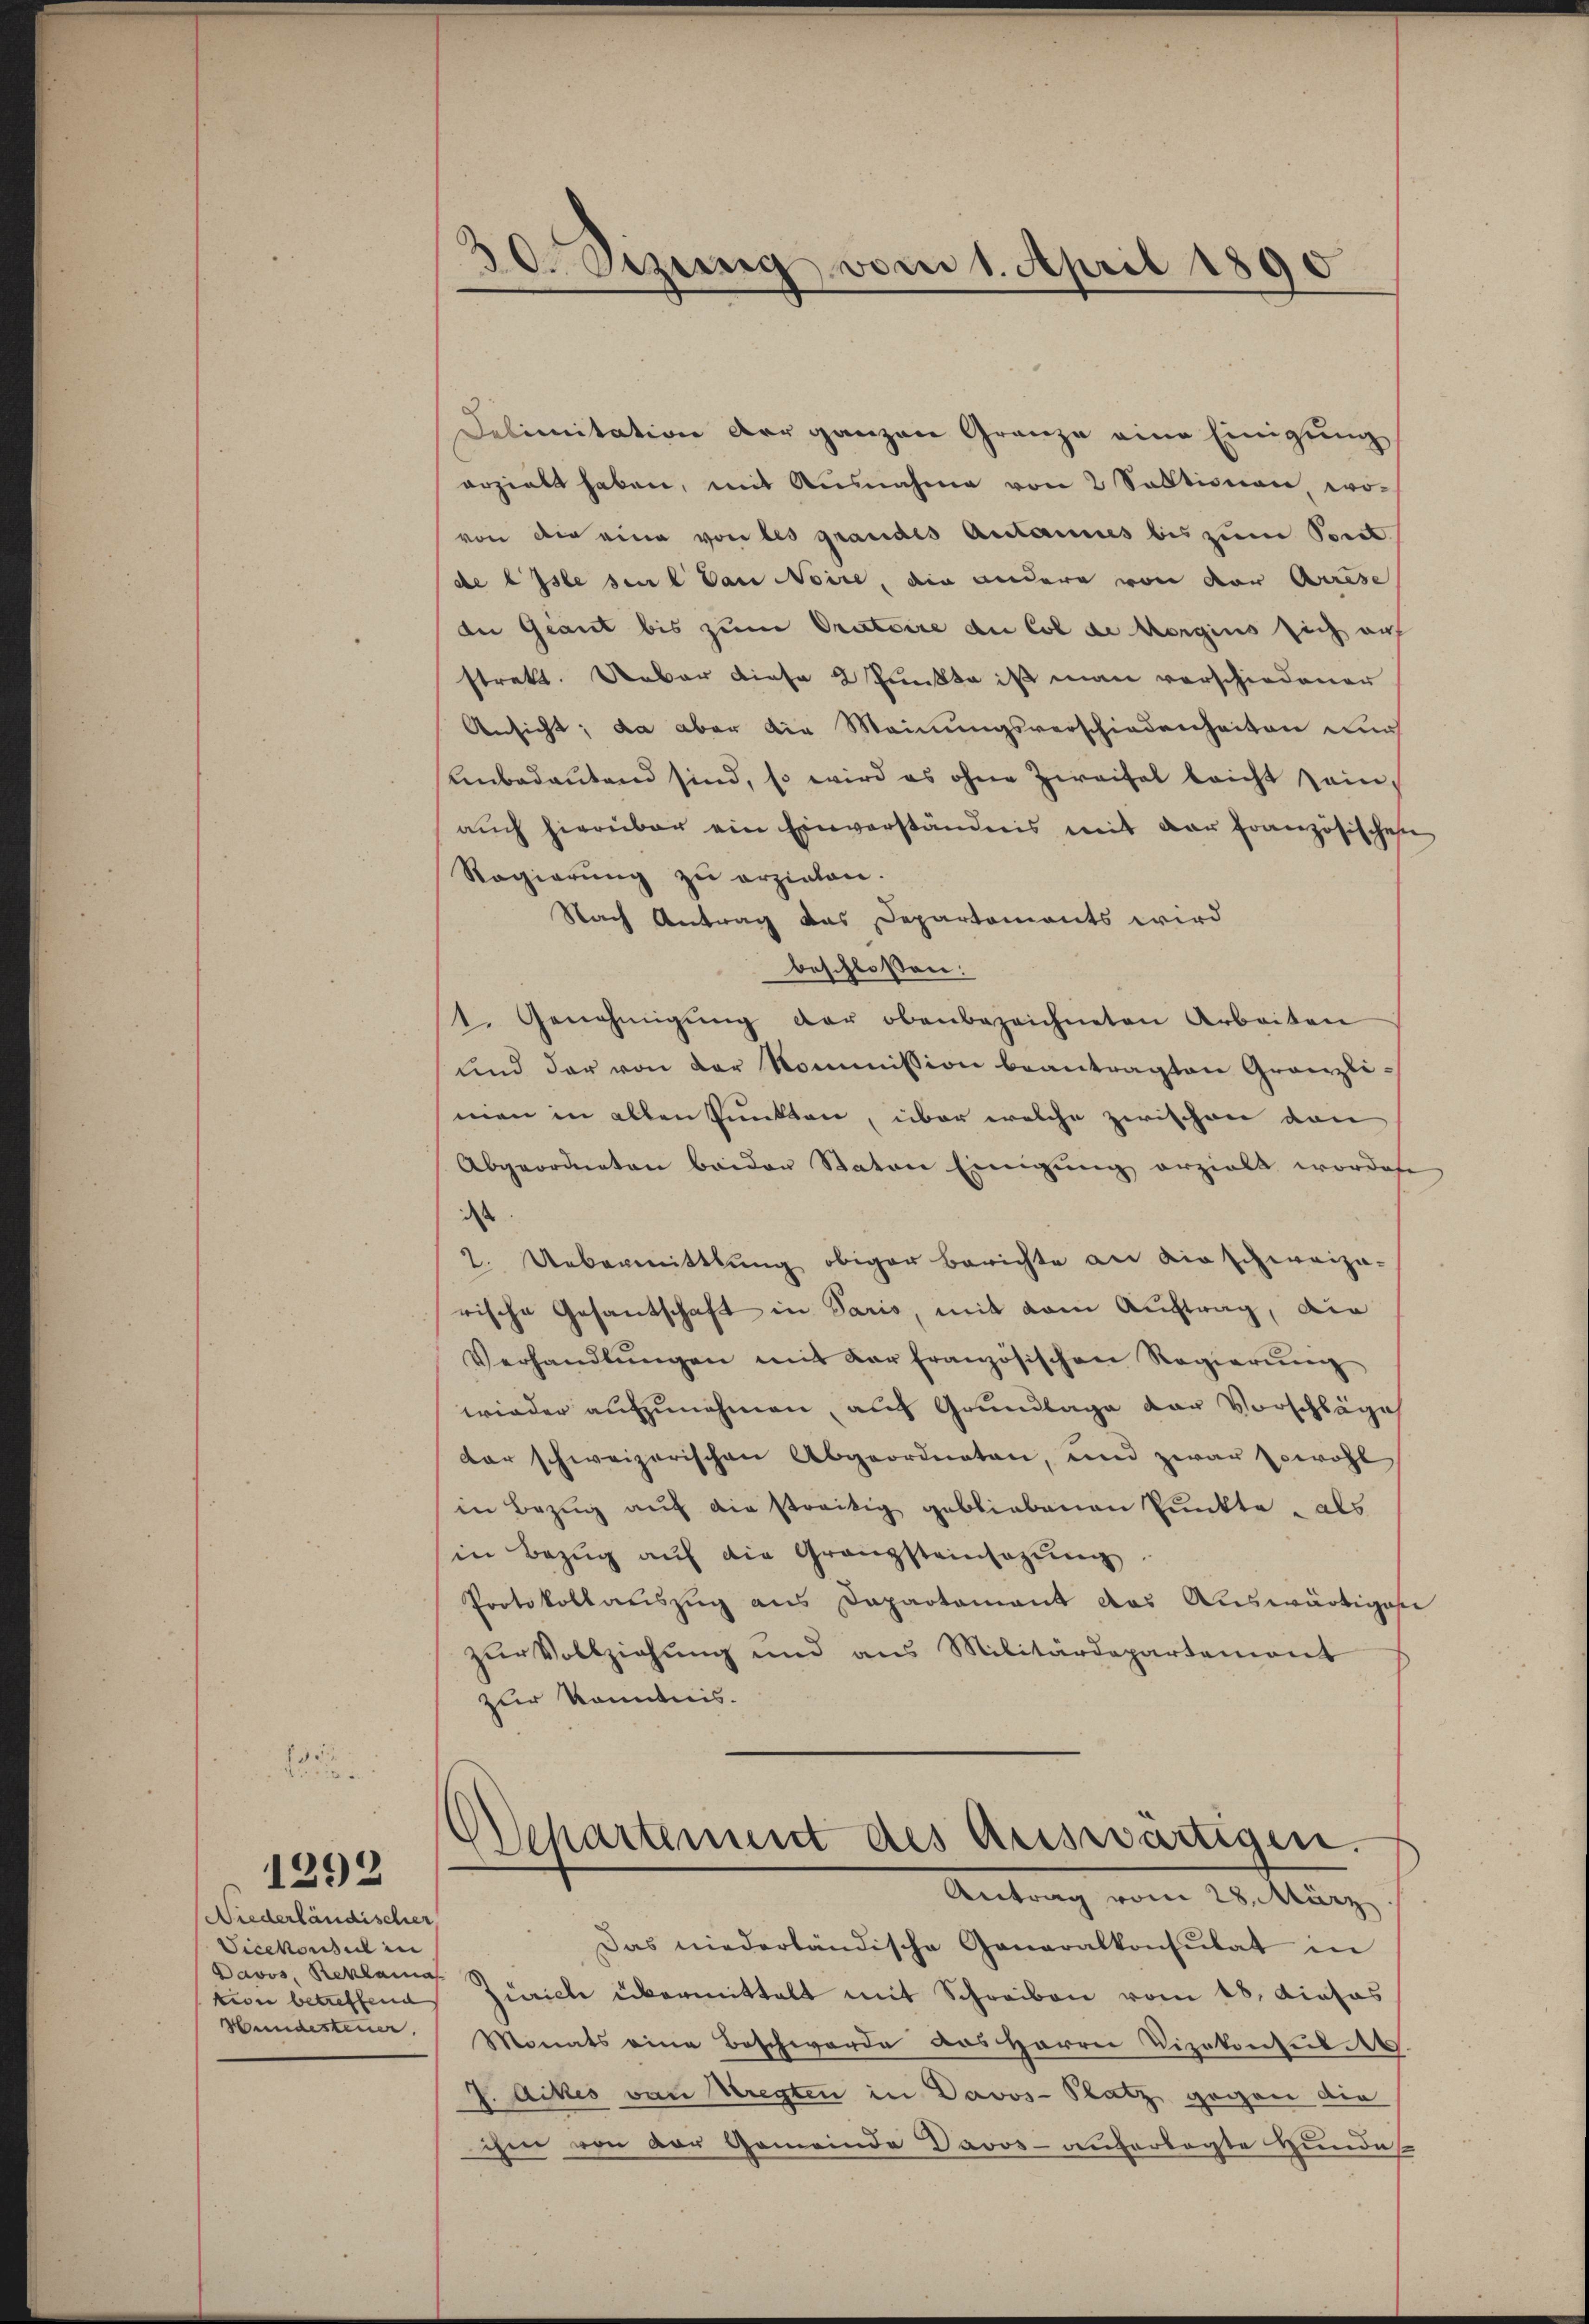
5.

Niederländischer,
Vicekonsul in
Davos, Reklama
Hundesteuer.

1292

30. Szung vom 1. April 1890

Delimitation der ganzen Granze eine Einigung
erzielt haben, mit Ausnahme von 2 Saktionen, wovon die eine von les grandes Antannes bis zum Pont.
de erste seul von Noire, die andere von der Auese
die Giant bis zum Oratoire du Col de Morgins sich auf
strakt. Ueber diese 2 Punkte ist man verschiedener
Ansicht; da aber die Meinungsverschiedenheiten auch
Unbedeutend sind, so wird es ohne Zweifel leicht sein,
auch hierüber ein Einverständnis mit der Französischehen
Regierung zu erziehen.
Nach Antrag das Departements wird
beschlossen:
1. Genehmigŭng der obenbezeichneten Arbeiten
und der von der Kommission beantragten Gränzlimen in allen Punkten, über welche zwischen von
Abgeordneten beiden Staten Einigung erzielt worden
dass
2. Uebermittlung obiger Berichte an die schweiza-
rische Gesantschaft in Paris, mit vom Auftrag, die
Verhandlŭngen mit der französischen Regierŭng
wieder aufzunehmen, auch Grundlage der Vorschläge
dar schweizerischen Abgeordneten, und zwar sowohl
in Bezug auf die streitig gebliebenen Punkte - als
in Bezŭg aŭf die Granzsteinsazung
Protokollauszug aus Dapartament das Auswärtiges
zur Vollziehung und aus Militärdepartement
zur Kenntnis.
Separtement des Auswärtigen.
Antrag vom 28. März
Das niederländische Generalkonsulat in
tion betreffene Zürich übermittelt mit Schreiben vom 18. Diehas
Monats eine Beschwerde das Herrn Vizekonseil Art.
J. Ackes von Stregten in Davos- Platz gegen die
ihm von der Gemeinde Davos-auferlegte Hundes